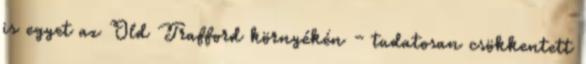
is egyet az Old Trafford környékén – tudatosan csökkentett